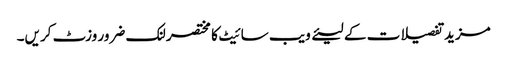
مزید تفصیلات کے لیئے ویب سائیٹ کا مختصر لنک ضرور وزٹ کریں۔